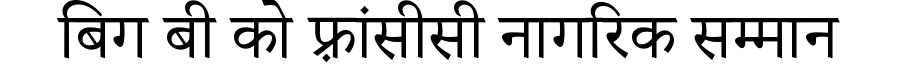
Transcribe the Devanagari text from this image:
बिग बी को फ़्रांसीसी नागरिक सम्मान